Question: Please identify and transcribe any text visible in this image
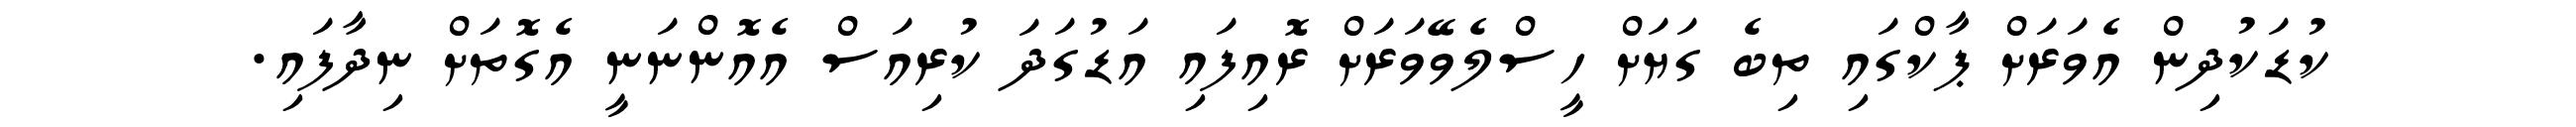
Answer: ކުޑަކުދިން އެވަރަށް ޕާކްގައި ތިބެ ގަޔަށް ހީސްލެވޭވަރަށް ރޮއިފައި އަޑުގަދަ ކުރިއަސް އެއޮންނަނީ އެގޮތަށް ނިދާފައި.